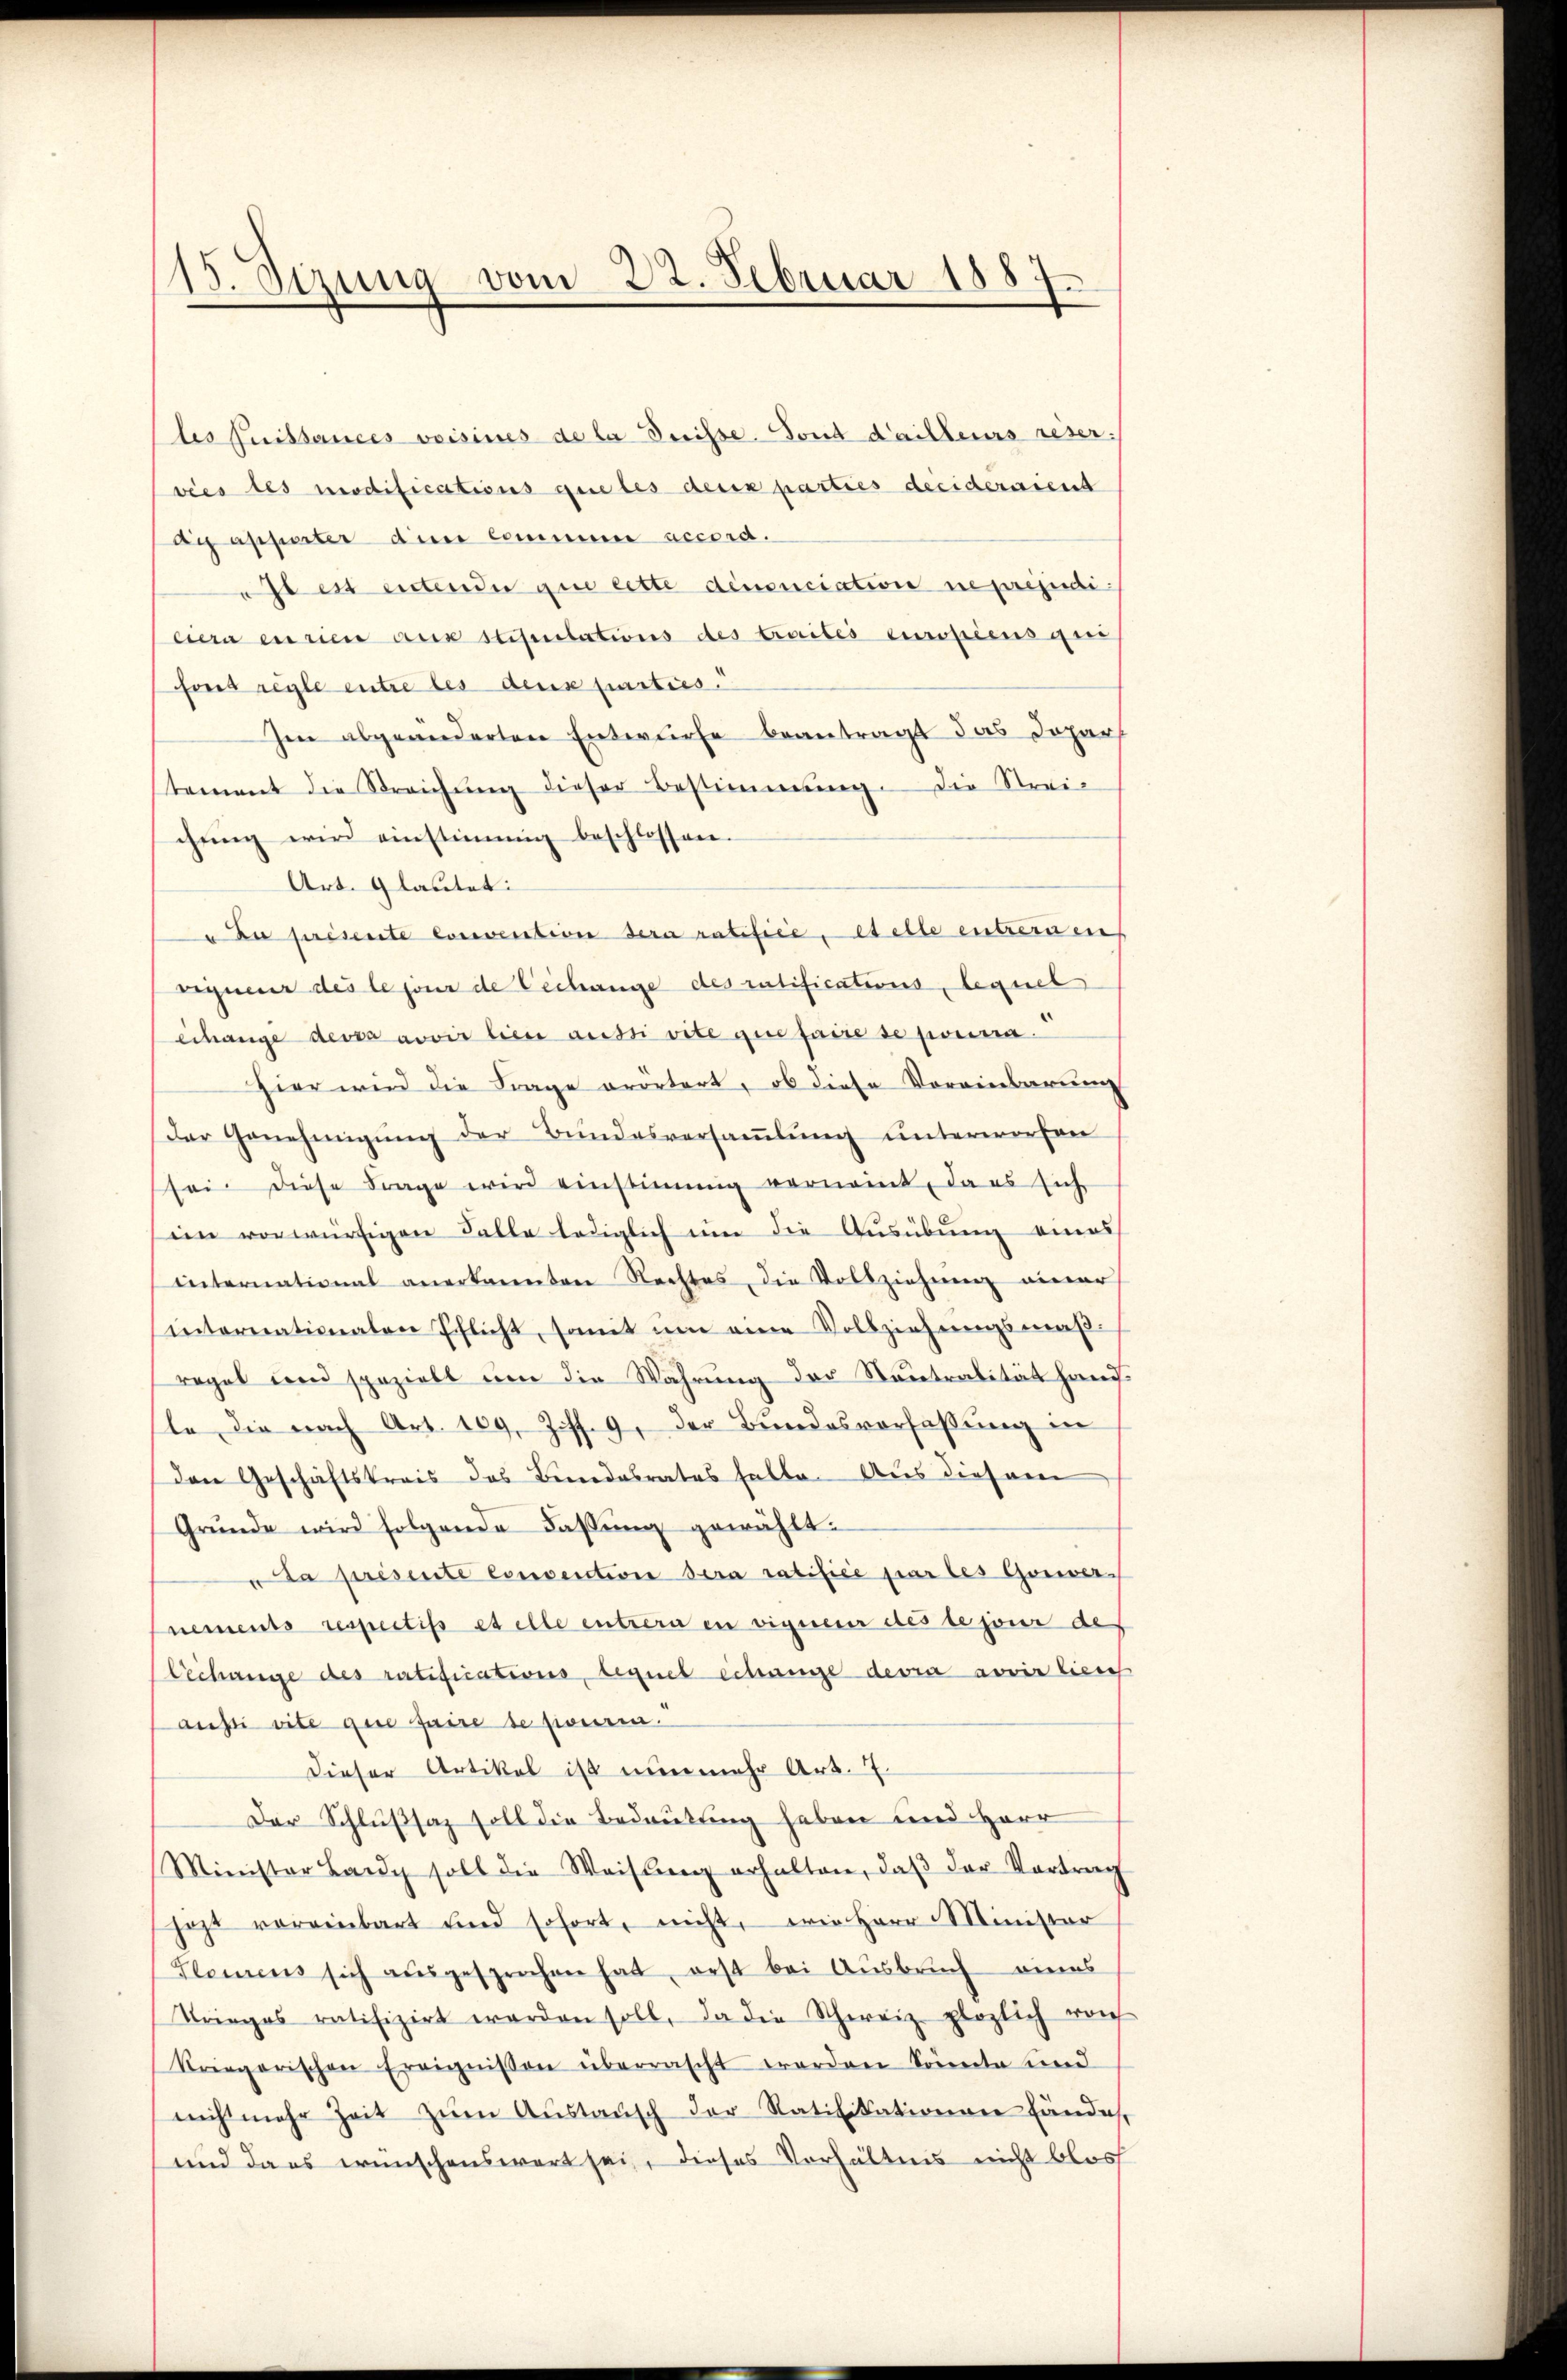
15. Sizung vom 22. Februar 1887

les fuissances voisines de la Dreisse. Fond dailleurs reser.
vies les modifications que les deux parties deciderient
di apparter dem commen accord.
ast es entender que cette denonciation ne préjudiciera en rien aus stipulations des traites europiens qui
font regle entre les deux parties.
Im abgeänderten Entwurfe beantragt das Depar
tement die Streichŭng dieser Bestimmung. Die Strei-
chŭng wird einstimmig beschlossen.
Art. Glautet:
 Au présente convention dera ratifice, et elle entfernens
eigneur des le pour de Lechange des ratifications, lequel
echange devra avoir lieu aussi vite que faire se pourra
Hier wird die Frage erörtert, ob diese Voreinbarung
der Genehmigŭng der Bundesversaṁlŭng ŭnterworfen
sei diese Frage wird einstimmig vernannt, da es sich
imm vorwürfigen Falle lediglich um die Ausübung eines
international anerkannten Rechtes, die Vollziehung einer
internationaten Pflicht, somit um eine Vollziehungsmäßregel und speziell ŭm die Wahrŭng der Neutralität hand-
le die nach Art. 109, Ziff. 9, der Bundesverfaßung in
den Geschäftskreis das Benedabrates halte. Aus diesem
Grŭnde wird folgende Fassŭng gewählt.
uda presente convention sera ratifice par les Gorwernements respectifs et elle entrera en vigneur des le jour des
lechange des ratifications, lequel Schange devra avoir liess
ausi vite que faire de pieren.
Dieser Artikel ist nunmehr Art. 7.
Der Schlußsaz soll die Bedeutung heben und Herr
Minister Lang soll die Weisung erhalten, daβ der Vortrag
jezt voreinbart und sofort, nicht, wie Herr Minister
Glemens sich aŭsgesprochen hat, erst bei Ausbruch eines
Krieges ratifizirt werden soll, da die Schweiz plözlich noch
kriegerischen Ereignissen überrascht worden könnte und
nicht mehr Zeit zŭm Aŭstaŭsch der Ratifikationen fände,
und da es wünschenswert sei, dieses Verhältnis nicht blos